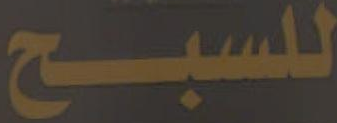
للسبح